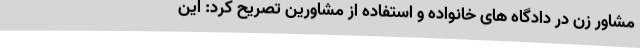
مشاور زن در دادگاه های خانواده و استفاده از مشاورین تصریح کرد: این